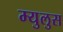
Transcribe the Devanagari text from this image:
म्युलुस